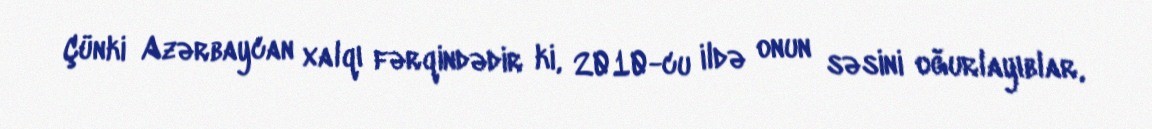
Çünki Azərbaycan xalqı fərqindədir ki, 2010-cu ildə onun səsini oğurlayıblar,